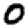
Digit: 0